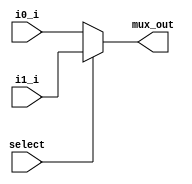
module MUX #(parameter width = 8)(
	input [width-1:0] 		i0_i, i1_i,
	input 					select,
	output reg [width-1:0]	mux_out
);

always @(*) begin
	#10
	if (select)
		mux_out = i1_i;
	else
		mux_out = i0_i;
end

endmodule